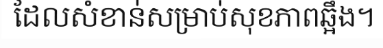
ដែលសំខាន់សម្រាប់សុខភាពឆ្អឹង។